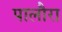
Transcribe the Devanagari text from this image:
पालौरा